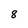
Character: 8